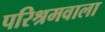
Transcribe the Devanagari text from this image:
परिश्रमवाला